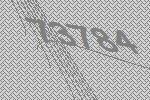
73784